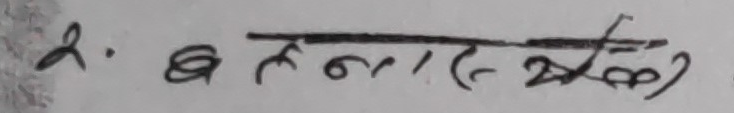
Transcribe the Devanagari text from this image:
2. अनात देखे)